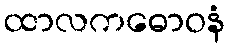
ထာလကဓောဝနံ